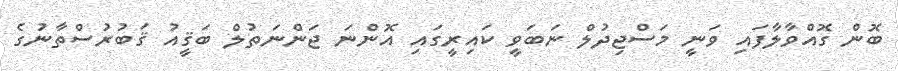
ބޮން ގޮއްވާލާފައި ވަނީ މަސްޖިދުލް ނަބަވީ ކައިރީގައި އޮންނަ ޖަންނަތުލް ބަޤީއު ޤަބުރުސްތާނުގެ